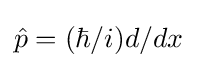
{\hat {p}}=(\hbar /i)d/dx